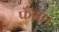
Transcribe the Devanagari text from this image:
फँसा।